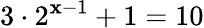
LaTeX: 3\cdot2^{\mathbf{x}-1}+1=10